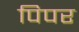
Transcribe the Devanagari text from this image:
पिपर